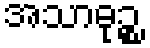
အသာဓုဉ္စ